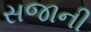
સજાની